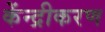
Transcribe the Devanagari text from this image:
केंन्द्रीकरण